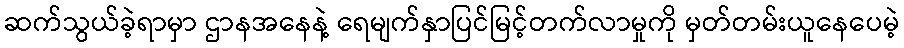
ဆက်သွယ်ခဲ့ရာမှာ ဌာနအနေနဲ့ ရေမျက်နှာပြင်မြင့်တက်လာမှုကို မှတ်တမ်းယူနေပေမဲ့